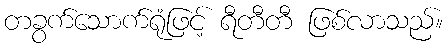
တခွက်သောက်ရုံဖြင့် ရီတီတီ ဖြစ်လာသည်။